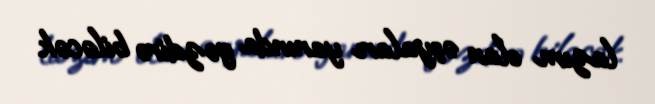
lazım olan əşyaları yanında gəzdirə biləcək.